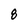
Character: 8